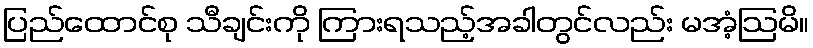
ပြည်ထောင်စု သီချင်းကို ကြားရသည့်အခါတွင်လည်း မအံ့ဩမိ။